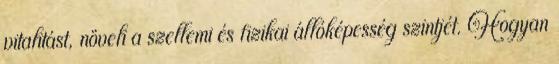
vitalitást, növeli a szellemi és fizikai állóképesség szintjét. Hogyan